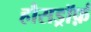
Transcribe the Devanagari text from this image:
हौसड्रॉर्फ़